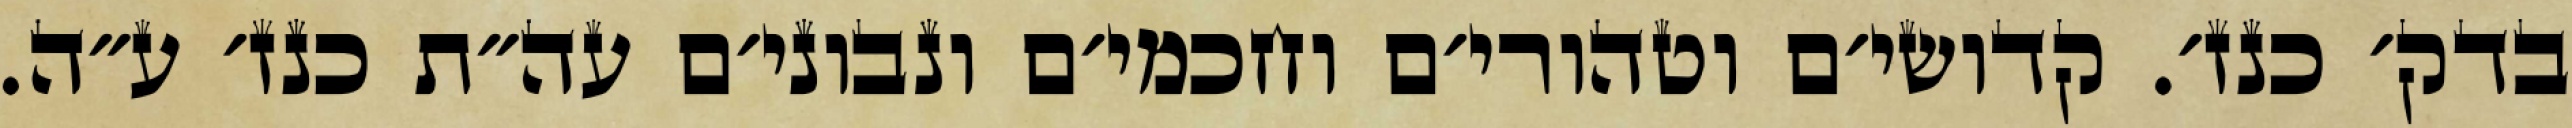
בדק׳ כנז׳. קדושי׳ם וטהורי׳ם וחכמי׳ם ונבוני׳ם עה״ת כנז׳ ע״ה.